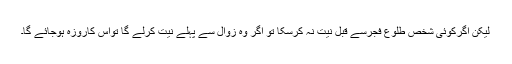
لیکن اگرکوئی شخص طلوع فجرسے قبل نیت نہ کرسکا تو اگر وہ زوال سے پہلے نیت کرلے گا تواس کاروزہ ہوجائے گا۔